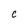
Character: C